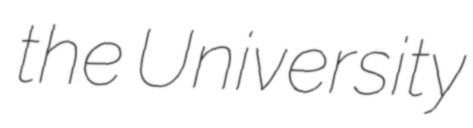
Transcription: the University